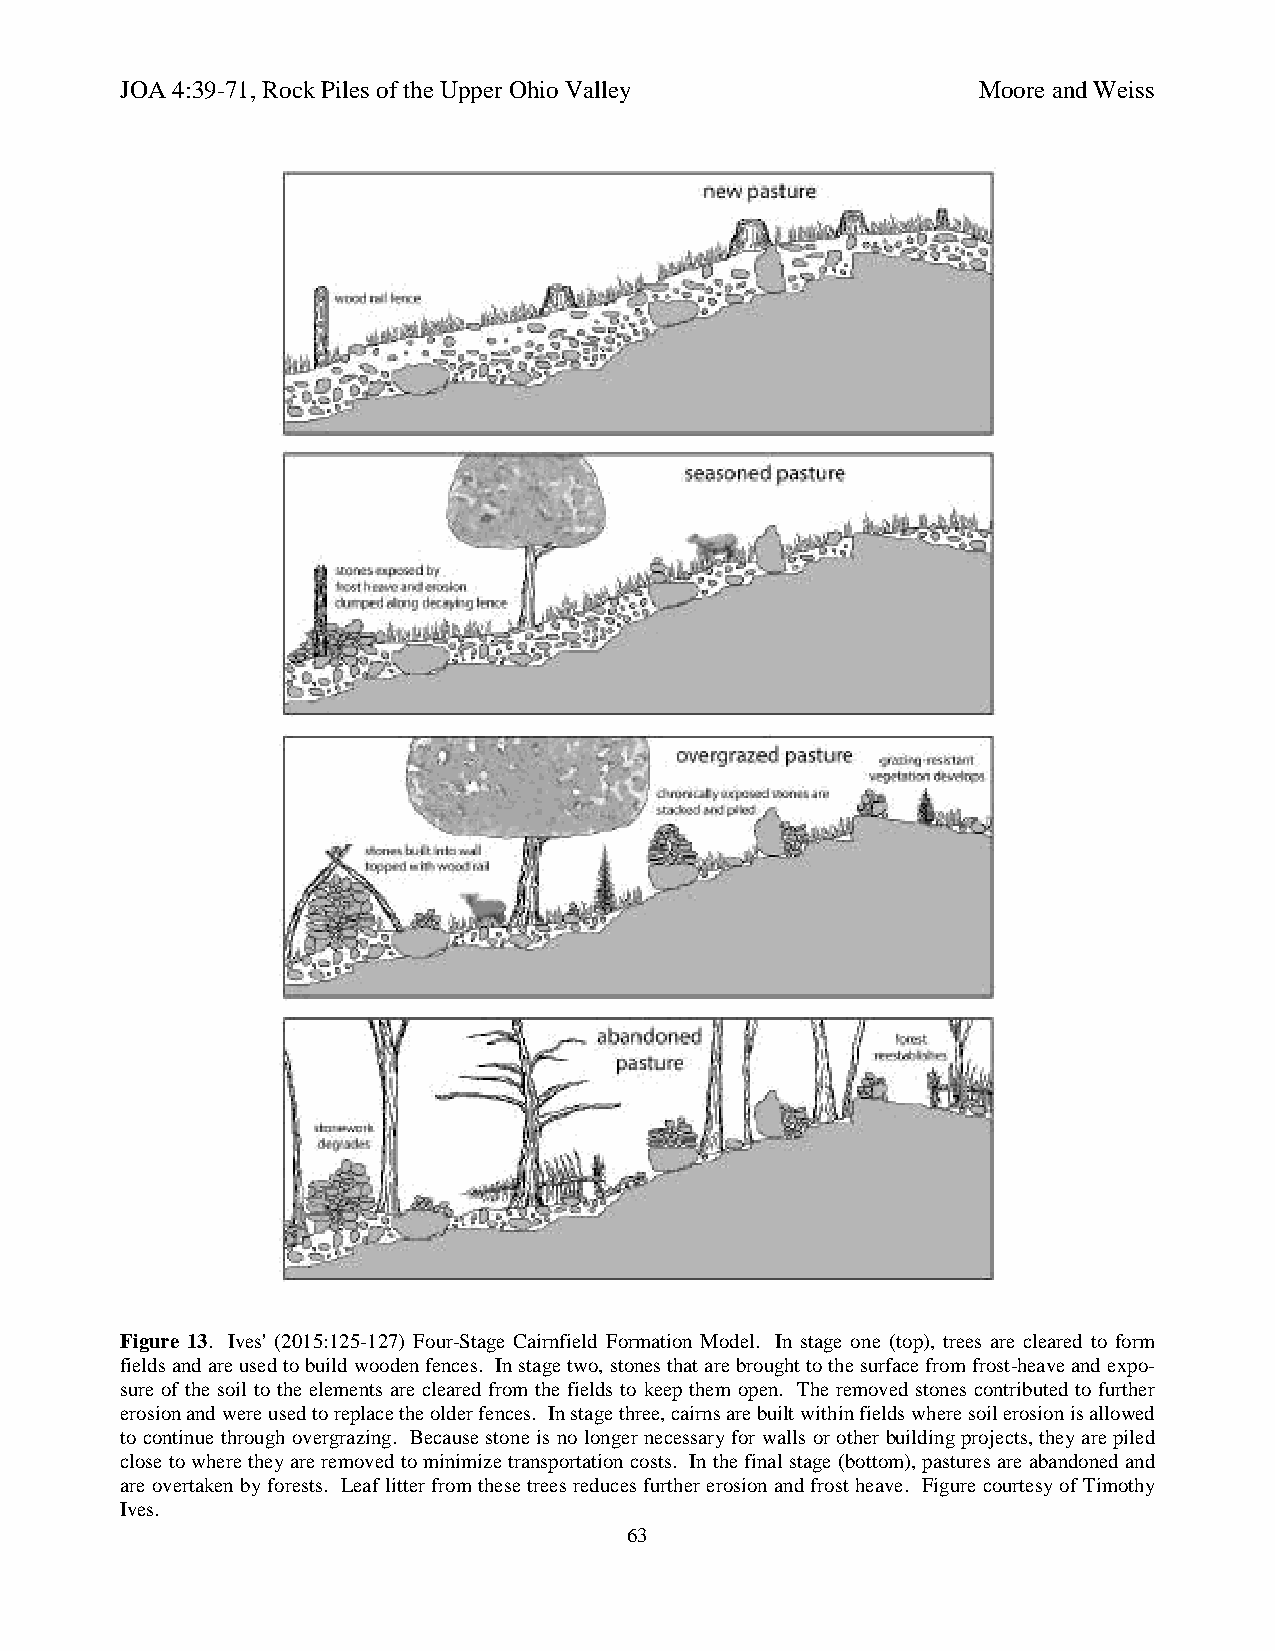
JOA 4:39-71, Rock Piles of the Upper Ohio Valley         Moore and Weiss
 Figure 13. Ives' (2015:125-127) Four-Stage Cairnfield Formation Model. In stage one (top), trees are cleared to form
 fields and are used to build wooden fences. In stage two, stones that are brought to the surface from frost-heave and expo-
 sure of the soil to the elements are cleared from the fields to keep them open. The removed stones contributed to further
 erosion and were used to replace the older fences. In stage three, cairns are built within fields where soil erosion is allowed
 to continue through overgrazing. Because stone is no longer necessary for walls or other building projects, they are piled
 close to where they are removed to minimize transportation costs. In the final stage (bottom), pastures are abandoned and
 are overtaken by forests. Leaf litter from these trees reduces further erosion and frost heave. Figure courtesy of Timothy
 Ives.
 63